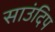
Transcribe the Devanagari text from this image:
साउंदिप